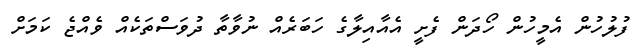
ފުލުހުން އެމީހުން ހޯދަން ފެށީ އެއާއިލާގެ ހަބަރެއް ނުވާތާ ދުވަސްތަކެއް ވެއްޖެ ކަމަށް